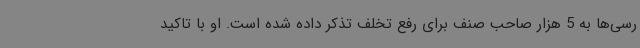
رسی‌ها به 5 هزار صاحب صنف برای رفع تخلف تذکر داده شده است. او با تاکید